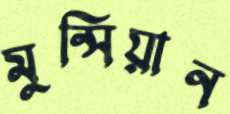
মুন্সিয়ান